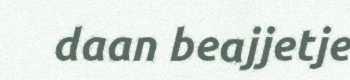
daan beajjetje